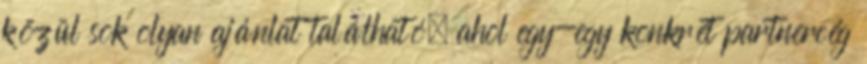
közül sok olyan ajánlat található, ahol egy-egy konkrét partnercég